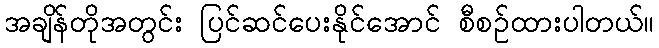
အချိန်တိုအတွင်း ပြင်ဆင်ပေးနိုင်အောင် စီစဉ်ထားပါတယ်။